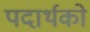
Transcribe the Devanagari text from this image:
पदार्थको